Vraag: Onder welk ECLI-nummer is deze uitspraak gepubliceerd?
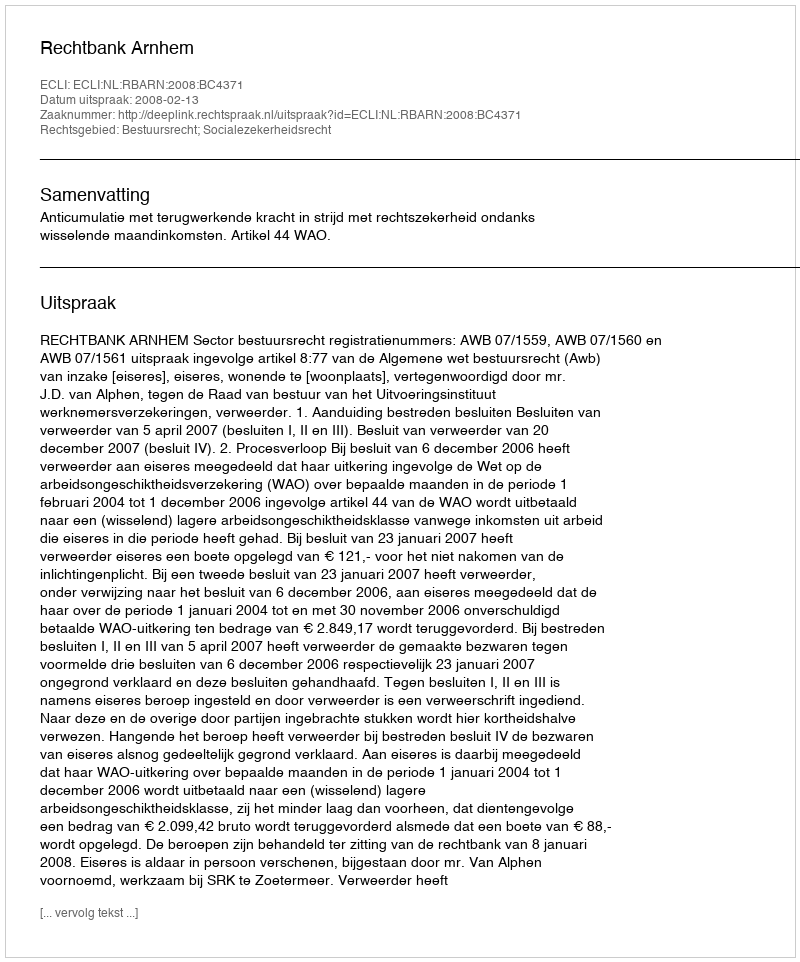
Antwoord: ECLI:NL:RBARN:2008:BC4371